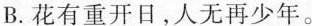
B.花有重开日，人无再少年。